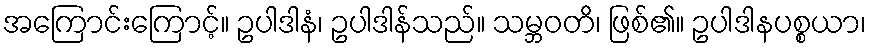
အကြောင်းကြောင့်။ ဥပါဒါနံ၊ ဥပါဒါန်သည်။ သမ္ဘဝတိ၊ ဖြစ်၏။ ဥပါဒါနပစ္စယာ၊